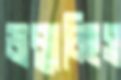
জন্মাচ্ছিস